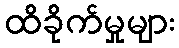
ထိခိုက်မှုများ